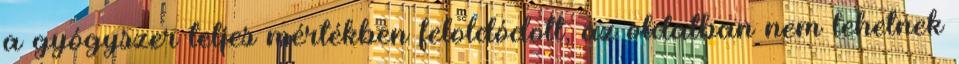
a gyógyszer teljes mértékben feloldódott, az oldatban nem lehetnek